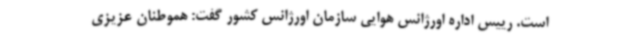
است. رییس اداره اورژانس هوایی سازمان اورژانس کشور گفت: هموطنان عزیزی